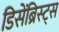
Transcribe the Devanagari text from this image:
डिसेंब्रिस्ट्स